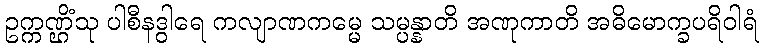
ဥက္ကဏ္ဌိံသု ပါစီနဒွါရေ ကလျာဏကမ္မေ သမ္ပန္နာတိ အဏုကာတိ အဓိမောက္ခပရိဝါရံ